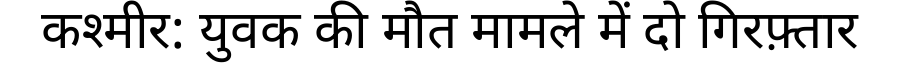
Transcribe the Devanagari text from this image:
कश्मीर: युवक की मौत मामले में दो गिरफ़्तार